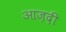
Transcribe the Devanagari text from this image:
आज़दी